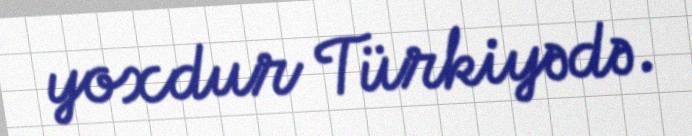
yoxdur Türkiyədə.